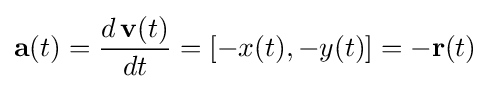
\mathbf {a} (t)={\frac {d\,\mathbf {v} (t)}{dt}}=[-x(t),-y(t)]=-\mathbf {r} (t)